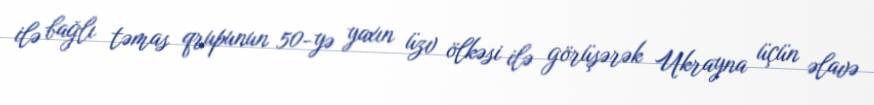
ilə bağlı təmas qrupunun 50-yə yaxın üzv ölkəsi ilə görüşərək Ukrayna üçün əlavə